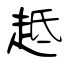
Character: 趆